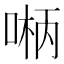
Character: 𫪲